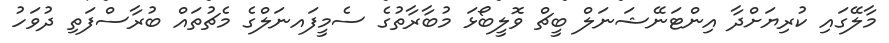
މާލޭގައި ކުރިޔަށްދާ އިންޓަނޭޝަނަލް ބީޗް ވޮލީބޯޅަ މުބާރާތުގެ ސެމީފައނަލްގެ މެޗުތައް ބުރާސްފަތި ދުވަހު